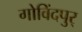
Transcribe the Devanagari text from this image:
गोविंदपुर्